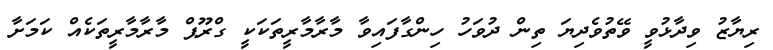
ރިޔާޒު ވިދާޅުވީ ވޭތުވެދިޔަ ތިން ދުވަހު ހިންގާފައިވާ މާރާމާރީތަކަކީ ގްރޫޕް މާރާމާރީތަކެއް ކަމަށާ